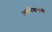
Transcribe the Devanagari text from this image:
लवथेश्वराची